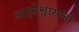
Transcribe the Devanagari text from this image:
अमृतेश्वाराला